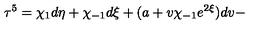
{ \bf \tau } ^ { 5 } = \chi _ { 1 } d \eta + \chi _ { - 1 } d \xi + ( a + v \chi _ { - 1 } e ^ { 2 \xi } ) d v -